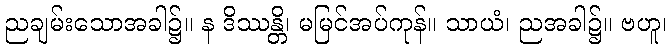
ညချမ်းသောအခါ၌။ န ဒိဿန္တိ၊ မမြင်အပ်ကုန်။ သာယံ၊ ညအခါ၌။ ဗဟူ၊